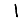
Digit: 1